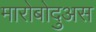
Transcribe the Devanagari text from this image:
मारोबोदुअस